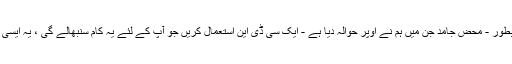
اب ، کسی مستحکم سائٹ جنریٹر پلگ ان کے بطور - محض جامد جن میں ہم نے اوپر حوالہ دیا ہے - ایک سی ڈی این استعمال کریں جو آپ کے لئے یہ کام سنبھالے گی ، یہ ایسی چیز ہے جو آپ کے پاس چھوڑ دی جائے گی۔